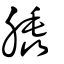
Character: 膬